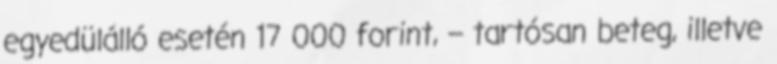
egyedülálló esetén 17 000 forint, – tartósan beteg, illetve